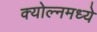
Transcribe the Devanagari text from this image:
क्योल्नमध्ये